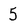
Character: 5